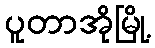
ပူတာအိုမြို့